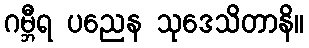
ဂမ္ဘီရ ပညေန သုဒေသိတာနိ။